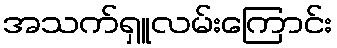
အသက်ရှူလမ်းကြောင်း